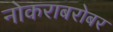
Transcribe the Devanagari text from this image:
नोकराबरोबर